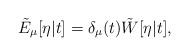
\begin{align*}\tilde{E}_\mu[\eta|t] = \delta_\mu(t) \tilde{W}[\eta|t],\end{align*}